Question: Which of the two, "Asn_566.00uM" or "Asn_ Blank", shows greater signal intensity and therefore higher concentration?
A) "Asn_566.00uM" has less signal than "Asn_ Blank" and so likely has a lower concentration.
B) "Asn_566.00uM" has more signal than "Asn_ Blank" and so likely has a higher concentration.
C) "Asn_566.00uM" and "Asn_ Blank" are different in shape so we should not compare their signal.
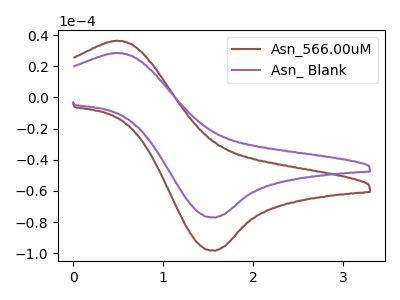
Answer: <think>The brown curve "Asn_566.00uM" has an anodic peak at (0.50V, 36.35uA) and a cathodic peak at (1.55V, -98.35uA). The purple curve "Asn_ Blank" has an anodic peak at (0.50V, 28.50uA) and a cathodic peak at (1.55V, -77.10uA).
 All the peaks in "Asn_566.00uM" have a peak in "Asn_ Blank" at the same potential. Every peak in "Asn_566.00uM" is higher than every peak in "Asn_ Blank".</think>
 <answer>B) "Asn_566.00uM" has more signal than "Asn_ Blank" and so likely has a higher concentration.</answer>
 <eval>B</eval>